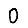
Digit: 0